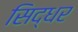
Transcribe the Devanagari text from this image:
सिद्धर